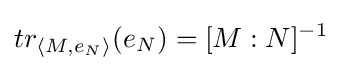
tr_{\langle M,e_{N}\rangle }(e_{N})=[M:N]^{-1}